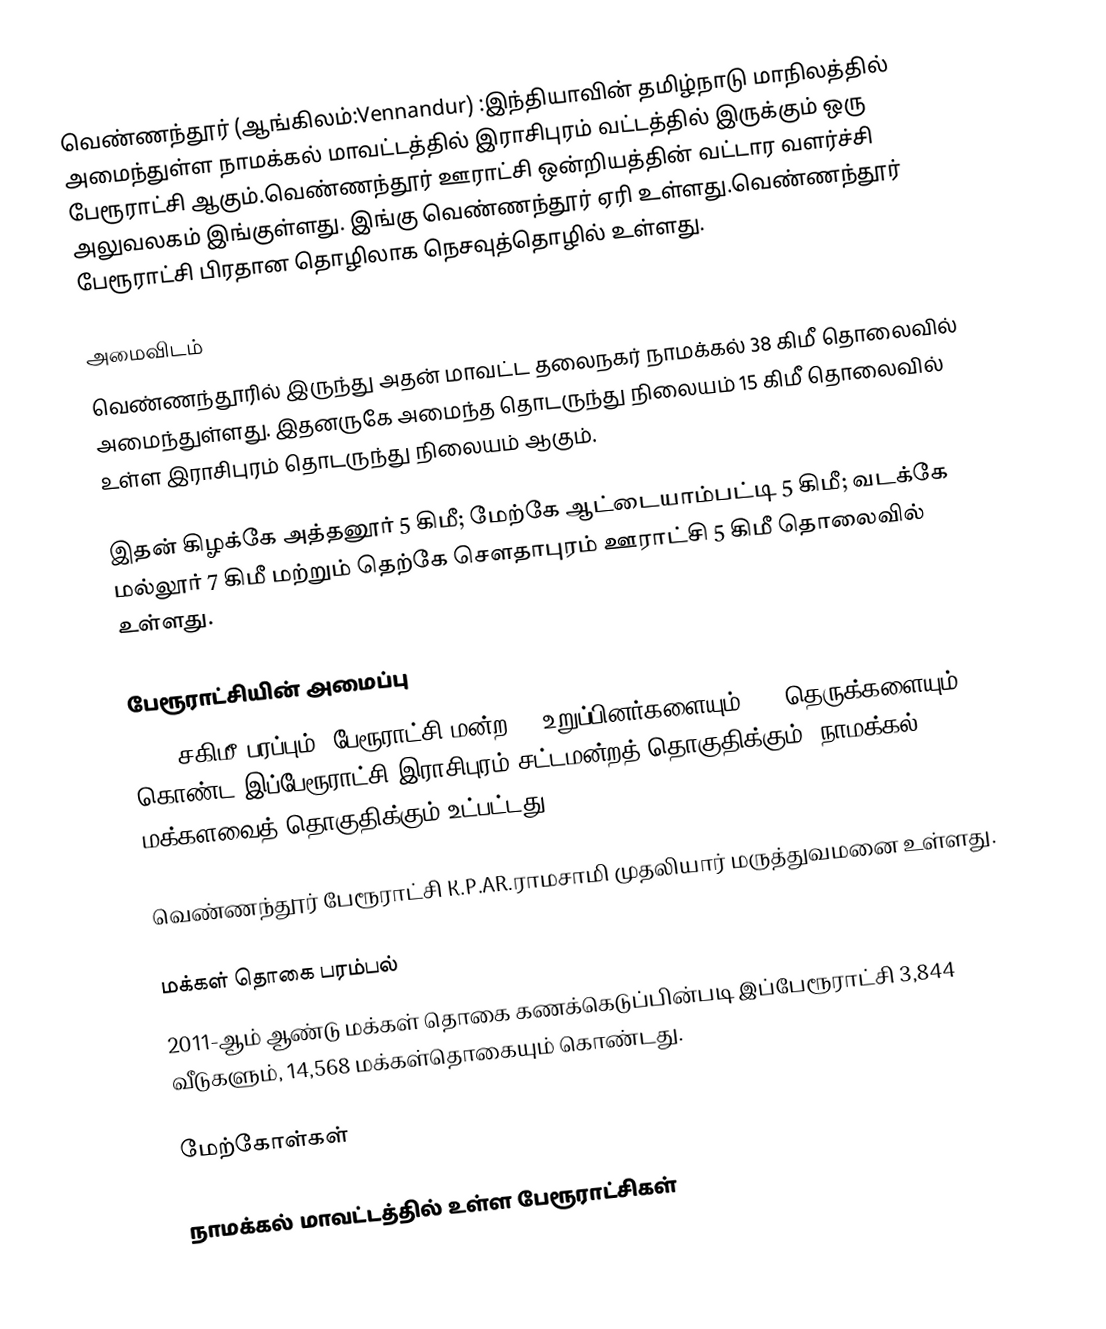
வெண்ணந்தூர் (ஆங்கிலம்:Vennandur) :இந்தியாவின் தமிழ்நாடு மாநிலத்தில் அமைந்துள்ள நாமக்கல் மாவட்டத்தில் இராசிபுரம் வட்டத்தில் இருக்கும் ஒரு பேரூராட்சி ஆகும்.வெண்ணந்தூர் ஊராட்சி ஒன்றியத்தின் வட்டார வளர்ச்சி அலுவலகம் இங்குள்ளது. இங்கு  வெண்ணந்தூர் ஏரி உள்ளது.வெண்ணந்தூர்  பேரூராட்சி பிரதான தொழிலாக நெசவுத்தொழில் உள்ளது.

அமைவிடம்
வெண்ணந்தூரில் இருந்து அதன் மாவட்ட தலைநகர் நாமக்கல் 38 கிமீ தொலைவில் அமைந்துள்ளது. இதனருகே அமைந்த தொடருந்து நிலையம் 15 கிமீ தொலைவில் உள்ள இராசிபுரம் தொடருந்து நிலையம் ஆகும்.

இதன் கிழக்கே அத்தனூர் 5 கிமீ; மேற்கே ஆட்டையாம்பட்டி  5 கிமீ; வடக்கே மல்லூர் 7 கிமீ மற்றும் தெற்கே சௌதாபுரம் ஊராட்சி 5 கிமீ தொலைவில் உள்ளது.

பேரூராட்சியின் அமைப்பு
4.81 சகிமீ பரப்பும்,   பேரூராட்சி மன்ற  15 உறுப்பினர்களையும், 47 தெருக்களையும் கொண்ட இப்பேரூராட்சி இராசிபுரம் சட்டமன்றத் தொகுதிக்கும், நாமக்கல் மக்களவைத் தொகுதிக்கும் உட்பட்டது.

வெண்ணந்தூர் பேரூராட்சி K.P.AR.ராமசாமி முதலியார் மருத்துவமனை உள்ளது.

மக்கள் தொகை பரம்பல்
2011-ஆம் ஆண்டு மக்கள் தொகை கணக்கெடுப்பின்படி  இப்பேரூராட்சி  3,844      வீடுகளும், 14,568 மக்கள்தொகையும் கொண்டது.

மேற்கோள்கள்

நாமக்கல் மாவட்டத்தில் உள்ள பேரூராட்சிகள்